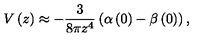
V \left( z \right) \approx - \frac { 3 } { 8 \pi z ^ { 4 } } \left( \alpha \left( 0 \right) - \beta \left( 0 \right) \right) ,